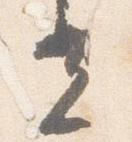
光